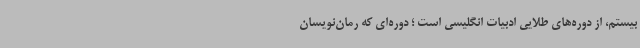
بیستم، از دوره‌های طلایی ادبیات انگلیسی است ؛ دوره‌ای که رمان‌نویسان